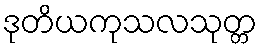
ဒုတိယကုသလသုတ္တ